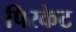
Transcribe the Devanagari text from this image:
पिरकेट